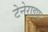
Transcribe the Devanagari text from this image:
टेनेराइफ